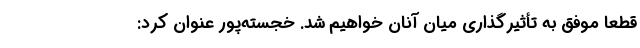
قطعاً موفق به تأثیرگذاری میان آنان خواهیم شد. خجسته‌پور عنوان کرد: